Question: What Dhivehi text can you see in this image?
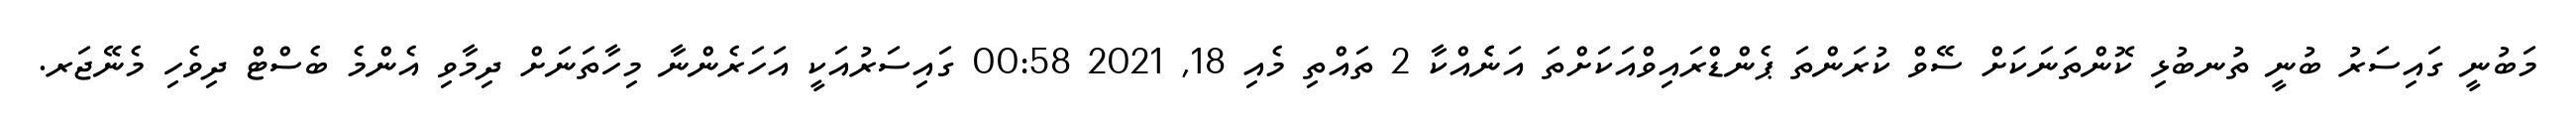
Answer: މަބުނީ ގައިސަރު ބުނީ ތުނބުޅި ކޮންތަނަކަށް ސޭވް ކުރަންތަ ޕެންޑްރައިވްއަކަށްތަ އަނެެއްކާ 2 ތައްތި މެއި 18, 2021 00:58 ގައިސަރުއަކީ އަހަރެންނާ މިހާތަނަށް ދިމާވި އެންމެ ބެސްޓް ދިވެހި މެނޭޖަރ.